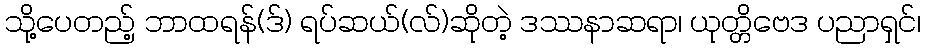
သို့ပေတည့် ဘာထရန်(ဒ်) ရပ်ဆယ်(လ်)ဆိုတဲ့ ဒဿနာဆရာ၊ ယုတ္တိဗေဒ ပညာရှင်၊